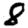
Digit: 8